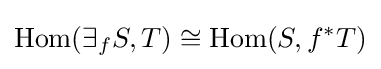
{\operatorname {Hom} }(\exists _{f}S,T)\cong {\operatorname {Hom} }(S,f^{*}T)